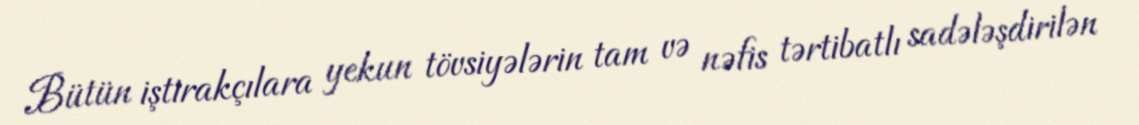
Bütün iştirakçılara yekun tövsiyələrin tam və nəfis tərtibatlı sadələşdirilən